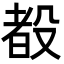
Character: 殾